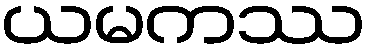
ယမကဿ